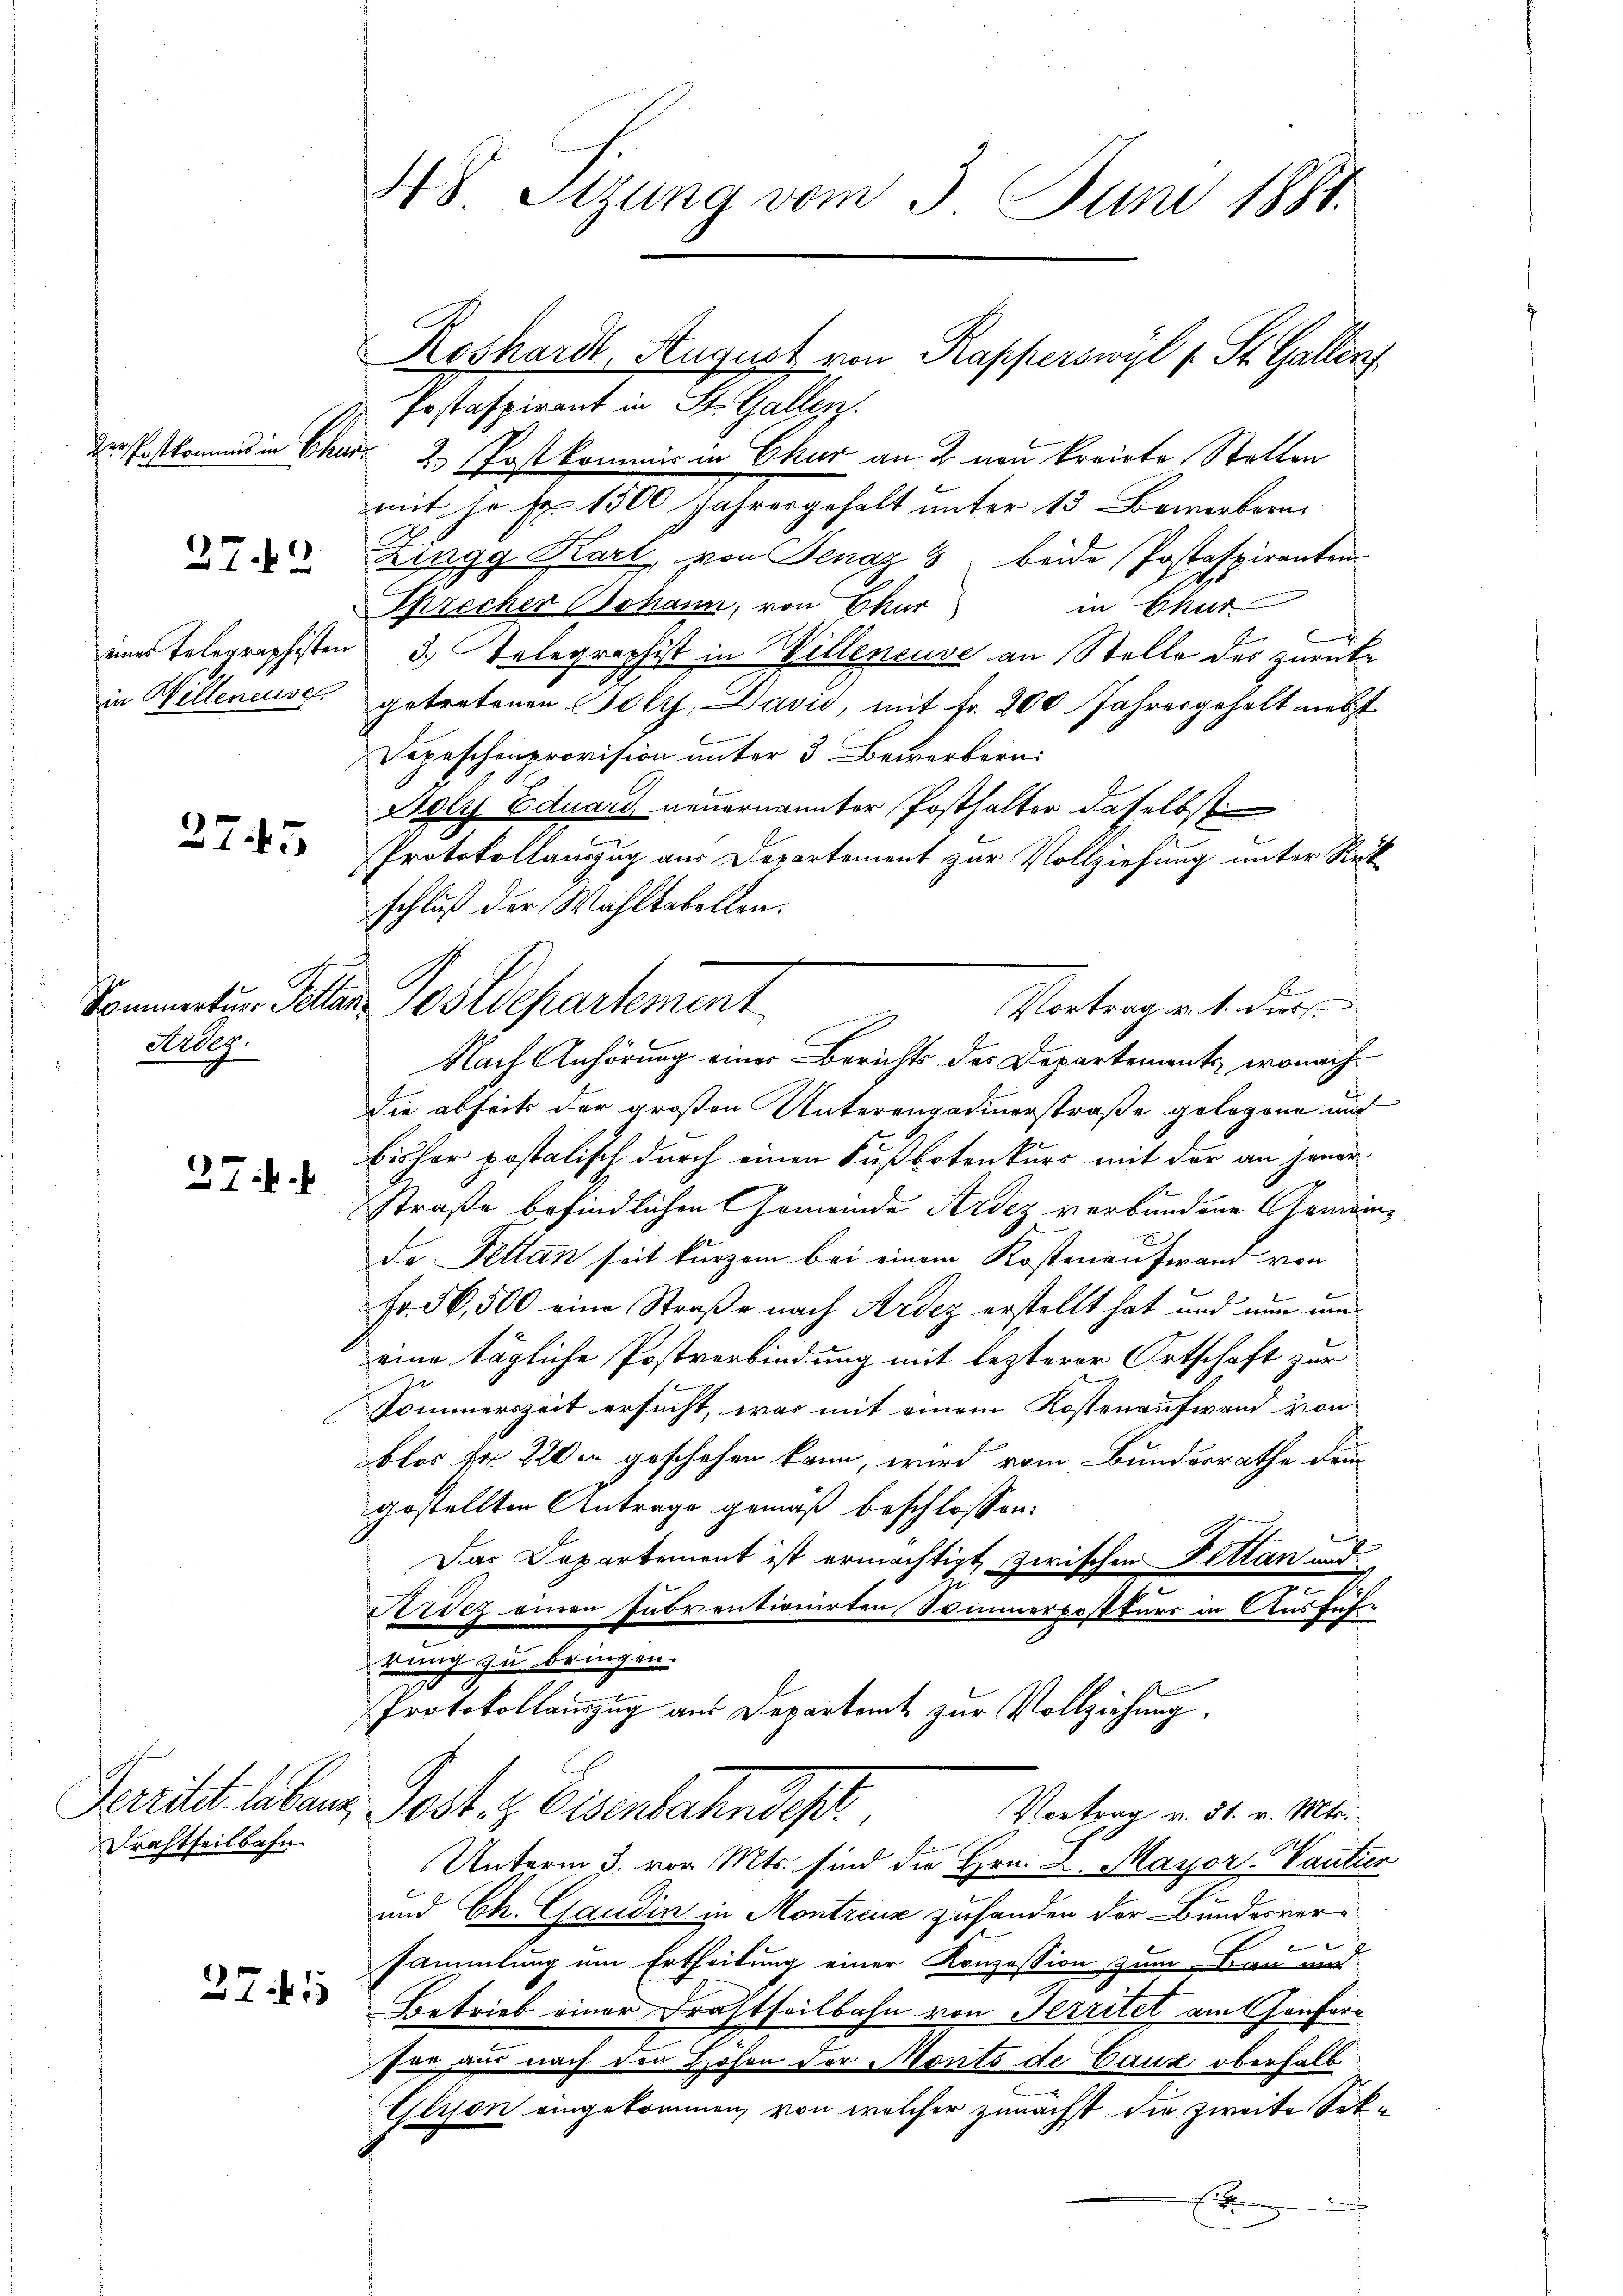
zerschaftkommes in Ehe

27. 2

eines Telegraphisten
in Willeneuve

2745

Sommerture Polla
Krdlg.

27.

Perritet lebene
Drahtheilbahn

27.1

48 Sizung vom 3. Juni 1884.

Roshardt, August von Rapperswyl f. St. Gallens
Postaspirant in St. Gallen.
¬
2. Postkommis in Chur an 2 von kreiste Stellen
mit Hr. Fr. 1500 Jahresgehalt unter 13 Bewerbern
Zingg Kart, von Jenag 8. beide Postaspiranten
in Chur
Sprecher Johann, von Chur
3.) Telegraphist in Willeneuve an Stelle des zurücke
getretenen Holz, Davić, mit Fr. 200 Jahresgehalt nebst
Depeschenprovision unter 3 Bewerkern:
Boly Eduard neuernannter Posthalter daselbst
Protokollauszug aus Departement zur Vollziehung unter Rück
schluß der Wahltabellen.
Postdepartement
Vortrag v. 1. durc
Nach Anhörung einer Berichts des Departements, wonach
die abseits der großen Unterengadinerstraße gelegene auf
bisher postolisch durch einen Fußbotenkurs mit der an jener
straße befindlichen Gemeinde Ardez verbundene Gemein¬
E
de Pettan seit kurzem bei einem Kostenaufwand von
Fr. 56,500 eine Straße nach Ardez erstellt hat und nun um
eine tägliche Postverbindung mit lezterer Ortschaft zur
Sommerszeit ersucht, was mit einem Kostenaufwand von
los Nr. 220 in geschehen kann, wird vom Bundesrathe dein
gestellten Antrage gemäß beschlossen:
Das Departement ist ermächtigt zwischen Fettan und
e
Ardez einen subventionirten Sommerpostkurs in Ausführung zu bringen.
Protokollauszug aus Departamt zur Vollziehung.
Post u. Oberlehendes.
Vortrag v. 31. v. Mts.
.
Unterm 3. vor. Mts. sind die Hrn. u. Mayor-Vantier
und Ch. Candin in Montreuz zuhanden der Bundesversammlung um Ertheilung einer Konzession zum Bau und
Betrieb einer Frastheilbahn von Territet am Genferr
for aus nach den Höhen der Monts de Caux oberhalb
Glison eingekommen, von welcher zunächst die zweite Sek¬
E